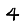
Digit: 4